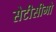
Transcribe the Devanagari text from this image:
सेटीसीमो